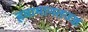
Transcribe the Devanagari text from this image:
हवामानतज्ज्ञ